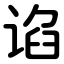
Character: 谄